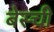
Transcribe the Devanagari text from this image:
बेस्ची